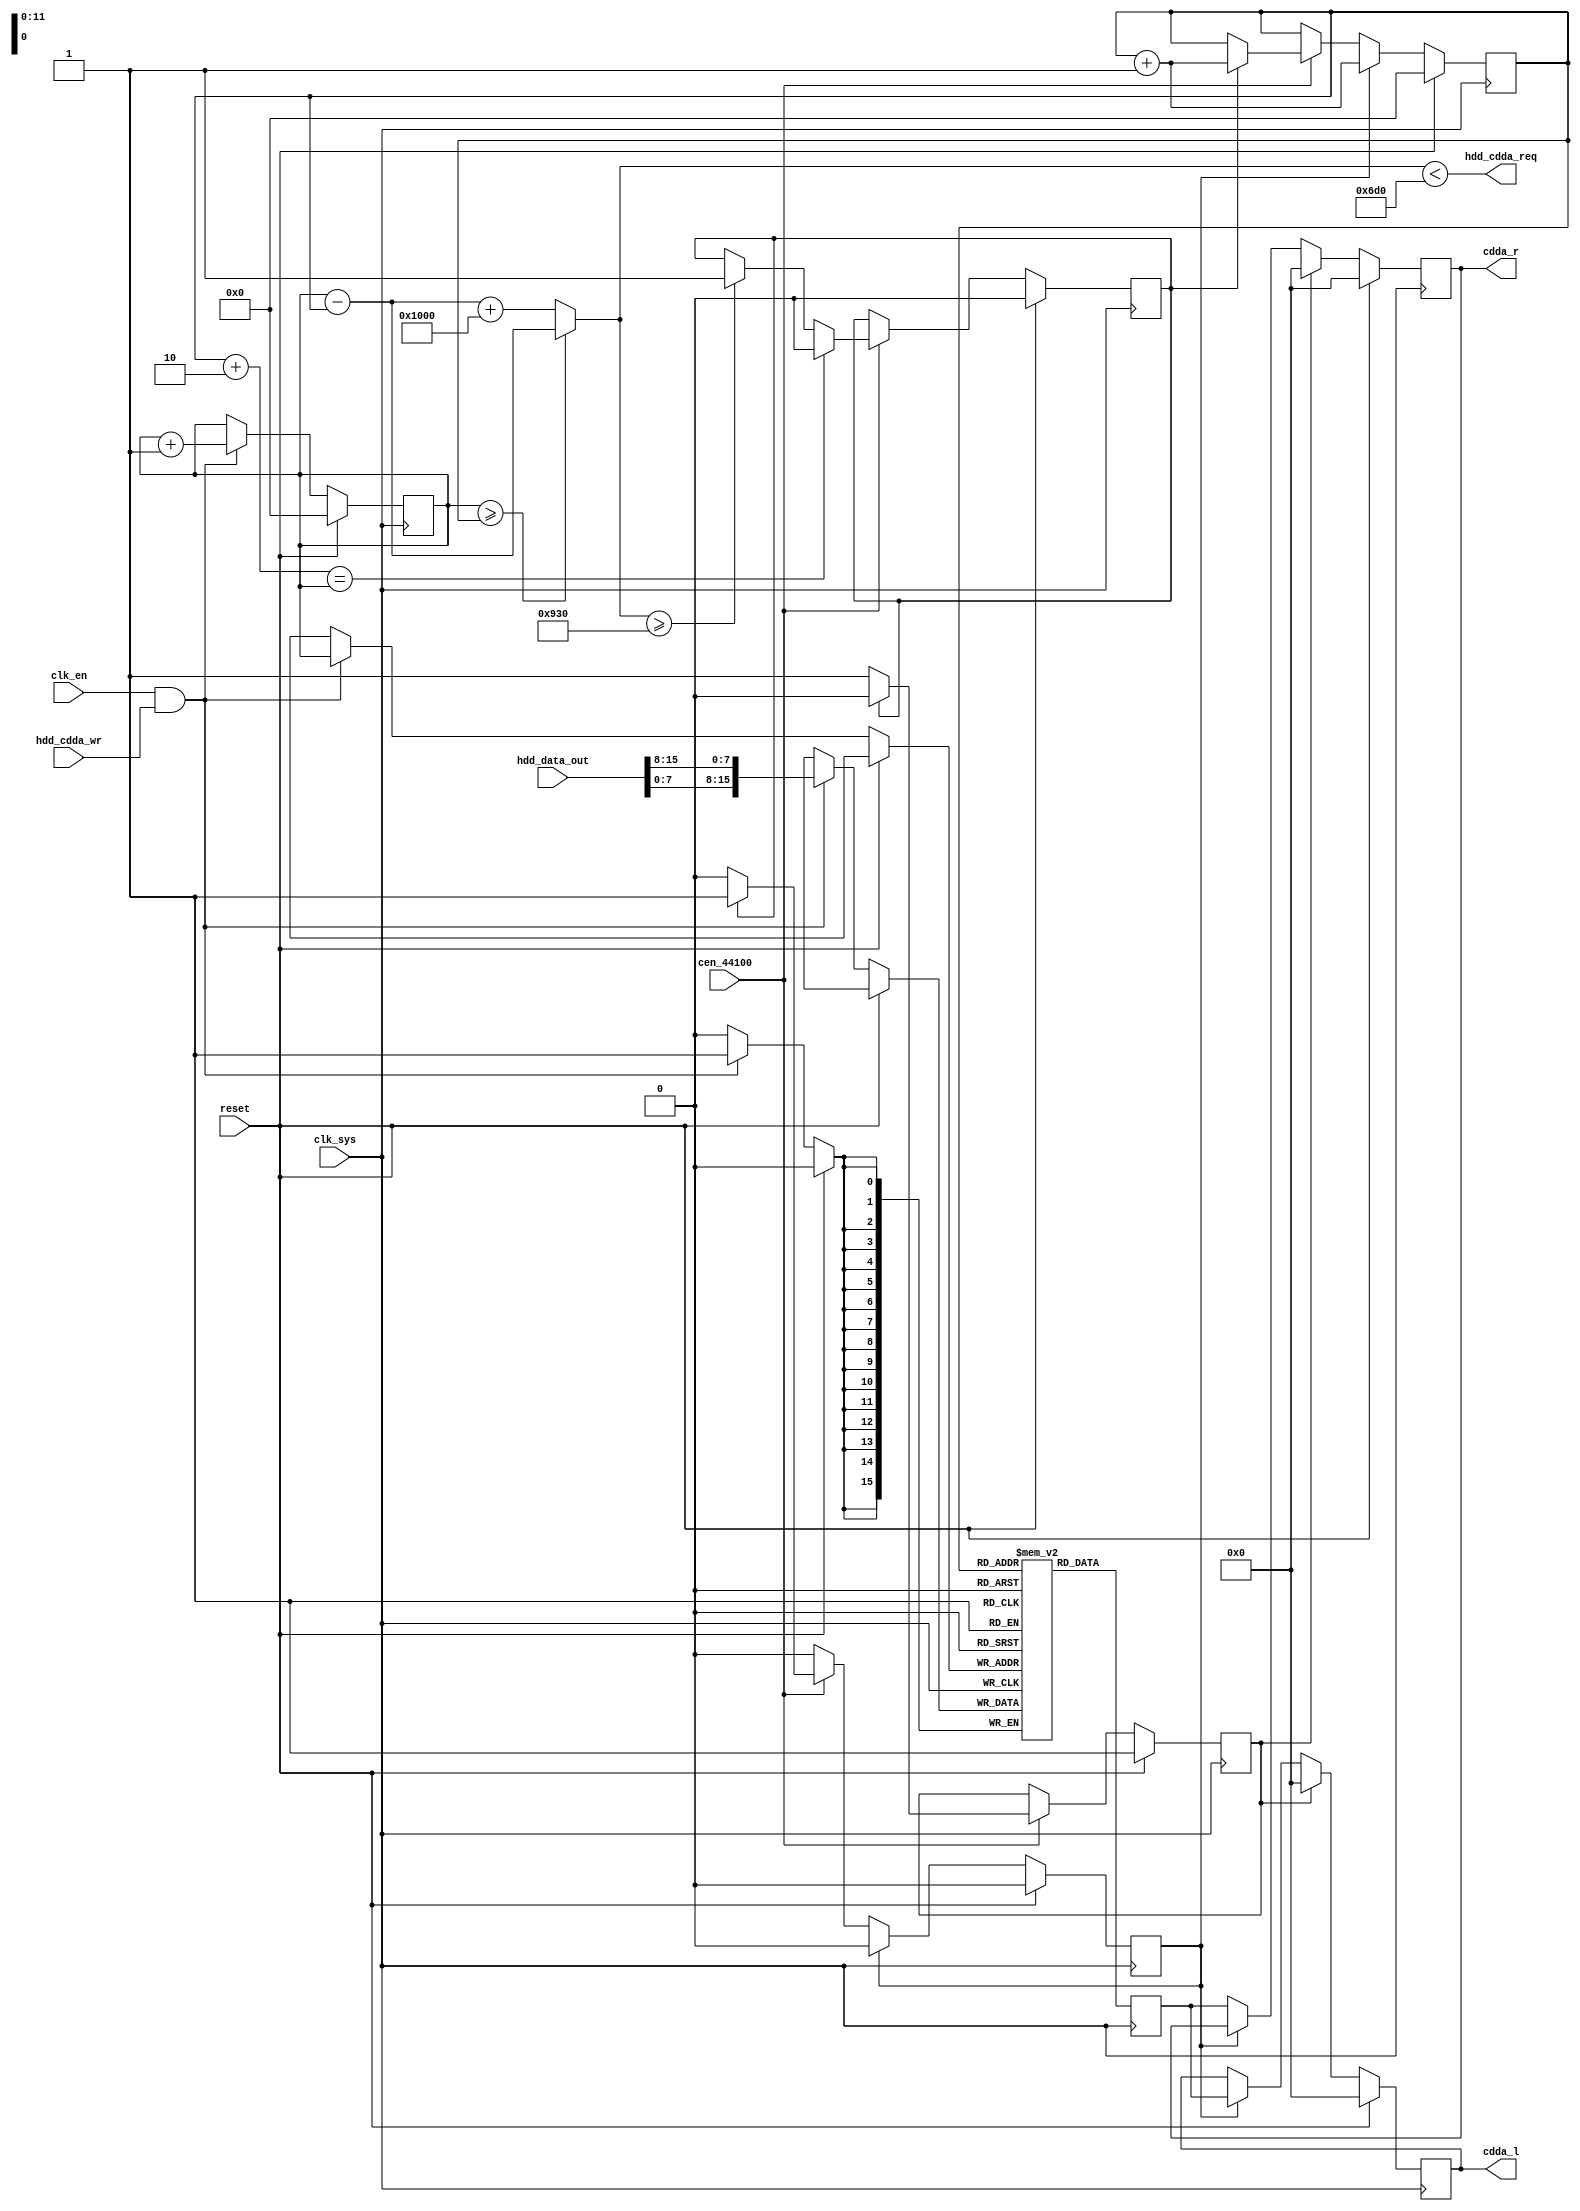
module cdda_fifo
(
	input         clk_sys,
	input         clk_en,    // set to 1 when using the stock data_io
	input         cen_44100, // 44100 HZ clock enable
	input         reset,

	// data_io interface
	output        hdd_cdda_req,
	input         hdd_cdda_wr,
	input  [15:0] hdd_data_out,

	// sample output
	output reg [15:0] cdda_l,
	output reg [15:0] cdda_r
);

// 4k x 16bit default FIFO size
parameter FIFO_DEPTH = 12;
reg [15:0] fifo[2**FIFO_DEPTH];
reg [FIFO_DEPTH-1:0] inptr;
reg [FIFO_DEPTH-1:0] outptr;
reg [15:0] fifo_out;

wire [FIFO_DEPTH:0] fifo_used = inptr >= outptr ?
                                inptr - outptr :
                                inptr - outptr + (2'd2**FIFO_DEPTH);

assign hdd_cdda_req = fifo_used < ((2'd2**FIFO_DEPTH) - 16'd2352);

always @(posedge clk_sys) begin
	if (reset)
		inptr <= 0;
	else if (clk_en && hdd_cdda_wr) begin
		fifo[inptr] <= {hdd_data_out[7:0], hdd_data_out[15:8]};
		inptr <= inptr + 1'd1;
	end
end

always @(posedge clk_sys) fifo_out <= fifo[outptr];

reg left = 0;
reg mute = 1;
reg fifo_active = 0;

always @(posedge clk_sys) begin
	if (reset) begin
		outptr <= 0;
		fifo_active <= 0;
		mute <= 1;
		left <= 0;
		cdda_l <= 0;
		cdda_r <= 0;
	end else begin
		if (cen_44100) begin
			if (fifo_used >= 2352)
				fifo_active <= 1;
			if (outptr + 2'd2 == inptr)
				fifo_active <= 0;
			if (fifo_active) begin
				outptr <= outptr + 1'd1;
				left <= 1;
				mute <= 0;
			end else
				mute <= 1;
		end
		if (left) begin
			outptr <= outptr + 1'd1;
			left <= 0;
		end

		if (mute) begin
			cdda_l <= 0;
			cdda_r <= 0;
		end else begin
			if (left)
				cdda_l <= fifo_out;
			else
				cdda_r <= fifo_out;
		end
	end
end

endmodule